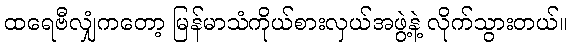
ထရေဗီလျှံကတော့ မြန်မာသံကိုယ်စားလှယ်အဖွဲ့နဲ့ လိုက်သွားတယ်။